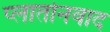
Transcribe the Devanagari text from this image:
प्लातोनवाद